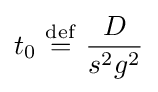
t_{0}\ {\stackrel {\mathrm {def} }{=}}\ {\frac {D}{s^{2}g^{2}}}